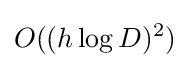
O((h\log D)^{2})